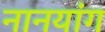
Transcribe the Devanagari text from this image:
नानयांग